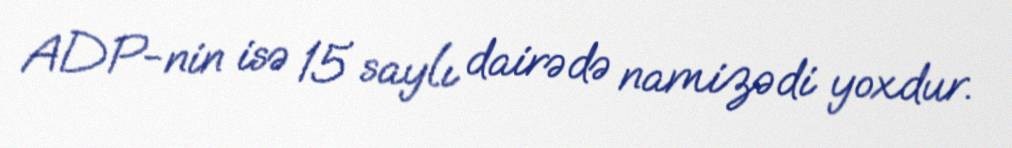
ADP-nin isə 15 saylı dairədə namizədi yoxdur.